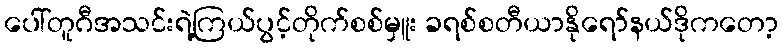
ပေါ်တူဂီအသင်းရဲ့ကြယ်ပွင့်တိုက်စစ်မှူး ခရစ်စတီယာနိုရော်နယ်ဒိုကတော့